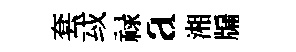
套㦯禄a湘牖